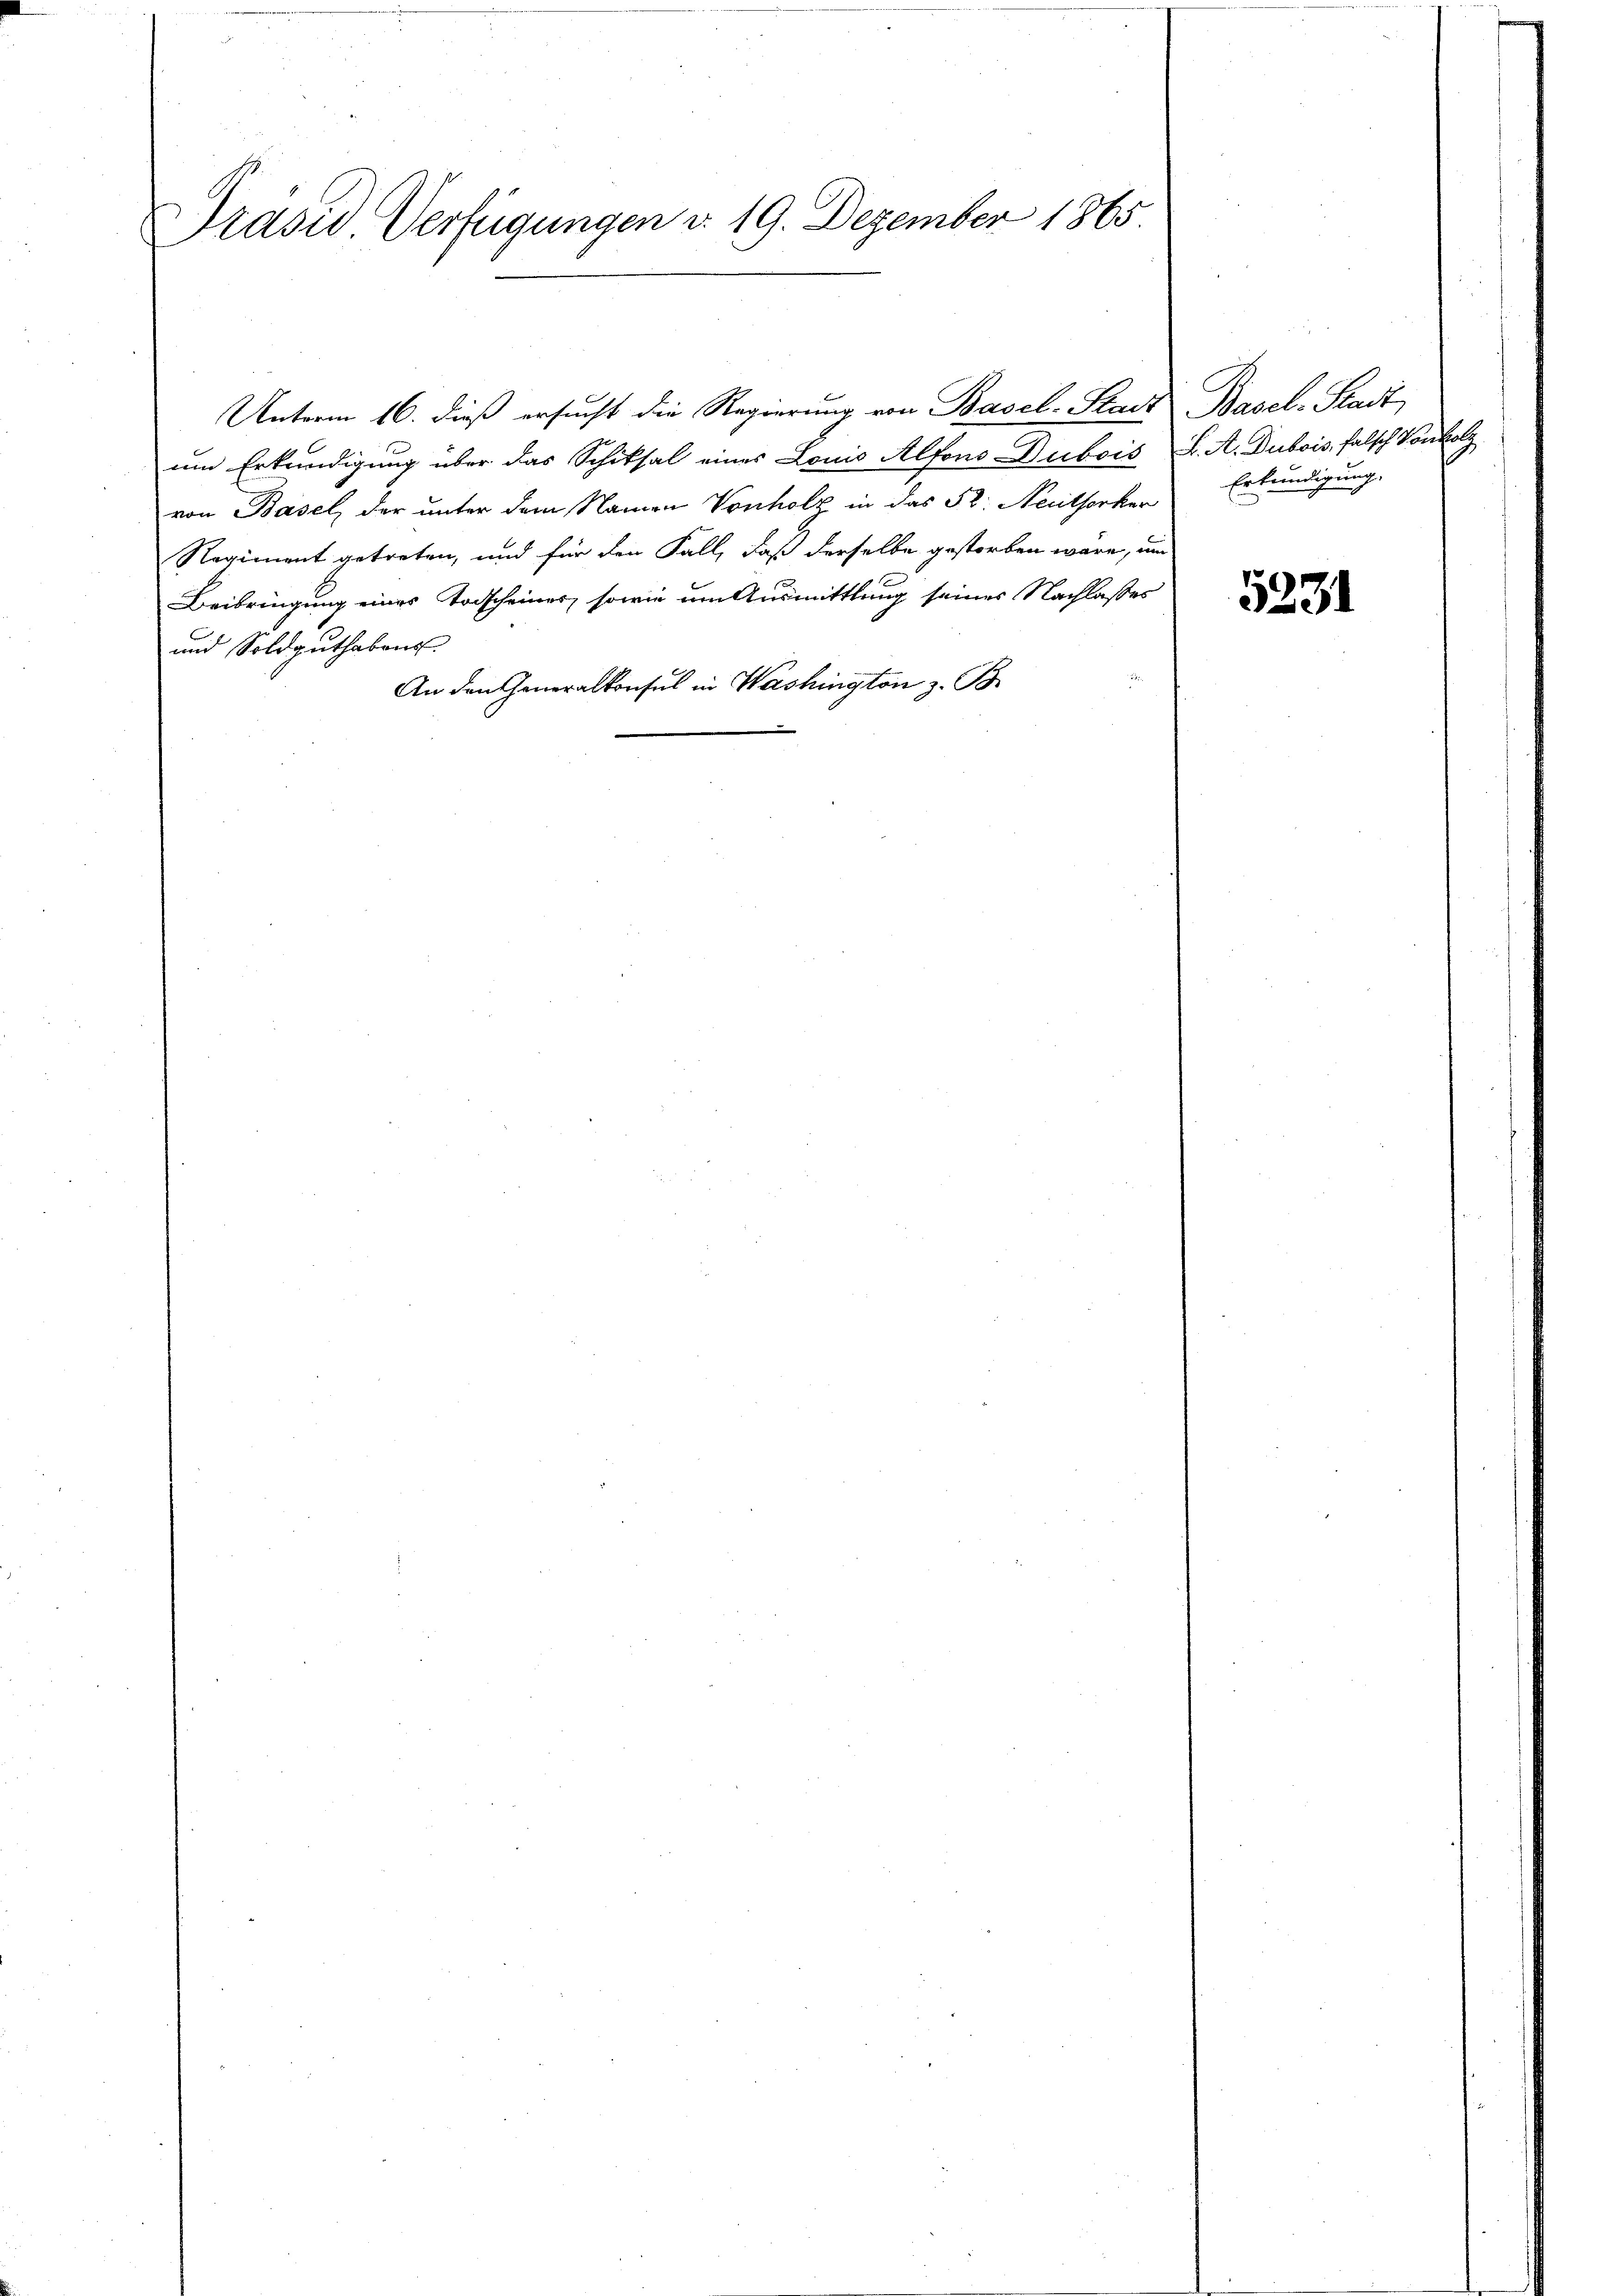
Präsid. Verfügungen d. 19. Dezember 1865.

Unterm 16. dieß ersucht die Regierung von Basel-Stadt Basel-Stadt
um Erkundigung über das Schiksal eines Lonio Alfons Dubois L. A. Dubois, falsch Vontolz
von Basel, der unter dem Namen Vonholz in das St. Neuthorker
Regiment getreten, und für den Fall, daß derselbe gestorben wäre, um
Beibringung eines Todscheines, sowie um Ausmittlung seines Nachlasses
und Soldguthabens
An den Generalkonsul in Washington z. B.

Erkundigung.

5231